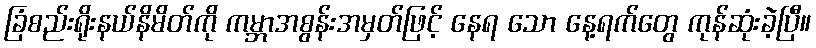
ခြံစည်းရိုးနယ်နိမိတ်ကို ကမ္ဘာအစွန်းအမှတ်ဖြင့် နေရ သော နေ့ရက်တွေ ကုန်ဆုံးခဲ့ပြီ။